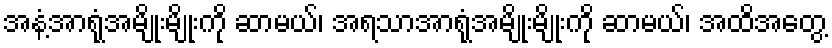
အနံ့အာရုံအမျိုးမျိုးကို ဆာမယ်၊ အရသာအာရုံအမျိုးမျိုးကို ဆာမယ်၊ အထိအတွေ့